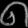
Digit: ၈